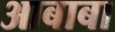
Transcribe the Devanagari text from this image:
आबाबा